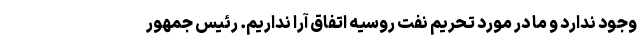
وجود ندارد و ما در مورد تحریم نفت روسیه اتفاق آرا نداریم. رئیس جمهور